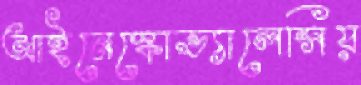
আইনেস্কোভ্যালেন্সিয়